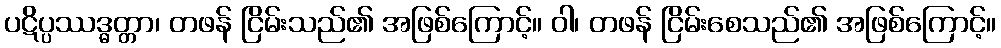
ပဋိပ္ပဿဒ္ဓတ္တာ၊ တဖန် ငြိမ်းသည်၏ အဖြစ်ကြောင့်။ ဝါ၊ တဖန် ငြိမ်းစေသည်၏ အဖြစ်ကြောင့်။